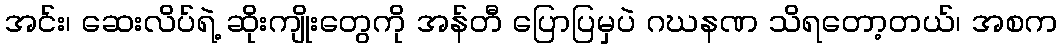
အင်း၊ ဆေးလိပ်ရဲ့ ဆိုးကျိုးတွေကို အန်တီ ပြောပြမှပဲ ဂဃနဏ သိရတော့တယ်၊ အစက